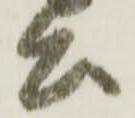
公